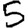
Digit: 5